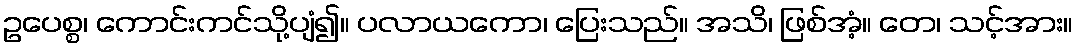
ဥပေစ္စ၊ ကောင်းကင်သို့ပျံ၍။ ပလာယကော၊ ပြေးသည်။ အသိ၊ ဖြစ်အံ့။ တေ၊ သင့်အား။